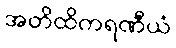
အတိထိကရဏီယံ